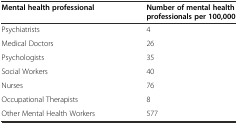
<table><thead><tr><td><b>Mental health professional</b></td><td><b>Number of mental health professionals per 100,000</b></td></tr></thead><tbody><tr><td>Psychiatrists</td><td>4</td></tr><tr><td>Medical Doctors</td><td>26</td></tr><tr><td>Psychologists</td><td>35</td></tr><tr><td>Social Workers</td><td>40</td></tr><tr><td>Nurses</td><td>76</td></tr><tr><td>Occupational Therapists</td><td>8</td></tr><tr><td>Other Mental Health Workers</td><td>577</td></tr></tbody></table>